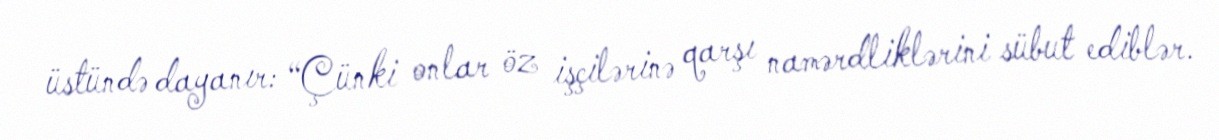
üstündə dayanır: “Çünki onlar öz işçilərinə qarşı namərdliklərini sübut ediblər.